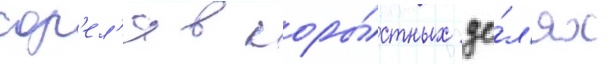
сор'ел'я в коры́стных це́л'ях